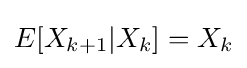
E[X_{k+1}|X_{k}]=X_{k}